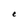
Character: t